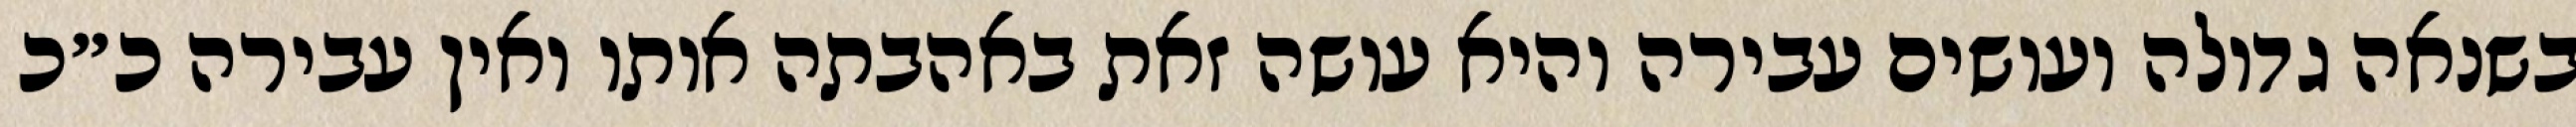
בשנאה גדולה ועושים עבירה והיא עושה זאת באהבתה אותו ואין עבירה כ״כ